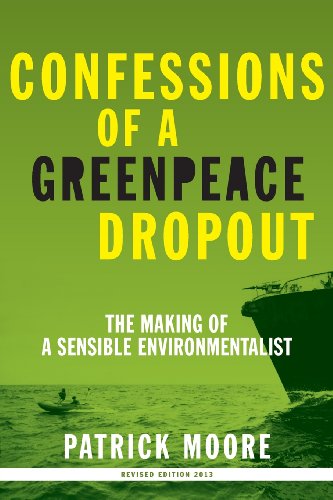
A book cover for Confessions of a Greenpeace Dropout: The Making of a Sensible Environmentalist; Patrick Albert Moore; Business & Money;